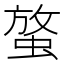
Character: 𧌱